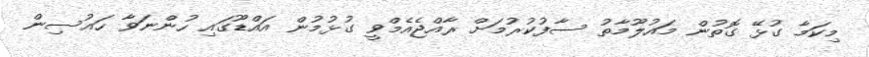
މިކަމާ ގުޅޭ ގޮތުން މައުލޫމާތު ސާފުކުރުމަށް ރާއްޖެއެމްވީ ގުޅުމުން އައްޑޫގައި ހުންނަވާ ހައުސިން